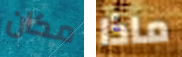
مكان ماذا